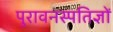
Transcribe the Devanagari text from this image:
पुरावनस्पतिज्ञों